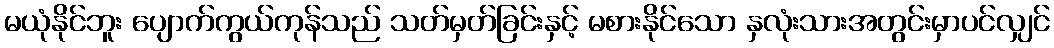
မယုံနိုင်ဘူး ပျောက်ကွယ်ကုန်သည် သတ်မှတ်ခြင်းနှင့် မစားနိုင်သော နှလုံးသားအတွင်းမှာပင်လျှင်